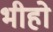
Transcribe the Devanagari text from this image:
भीहो